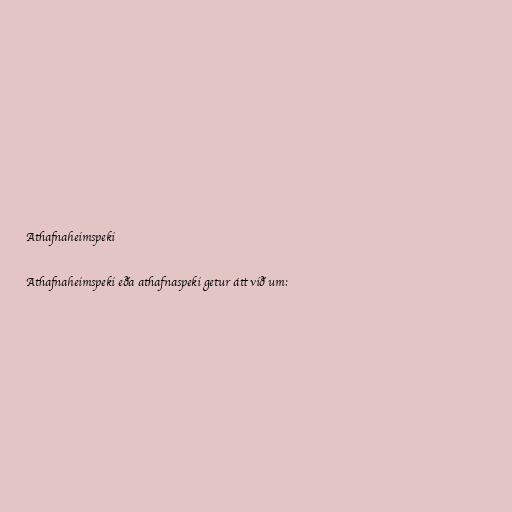
Athafnaheimspeki

Athafnaheimspeki eða athafnaspeki getur átt við um: